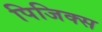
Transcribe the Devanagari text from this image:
पिजिक्स